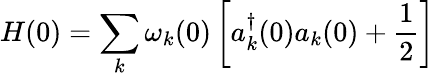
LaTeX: H(0)=\sum_{k}\omega_{k}(0)\left[{a}_{k}^{\dagger}(0){a}_{k}(0)+\frac{1}{2}\right]